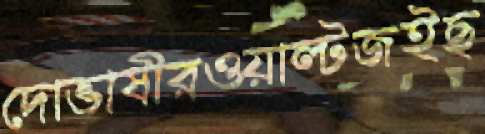
দোভাষীরওয়াল্টজইছ